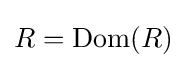
R=\displaystyle {{\text{Dom}}(R)}